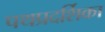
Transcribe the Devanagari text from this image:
पथप्रदर्शिका